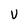
Character: V